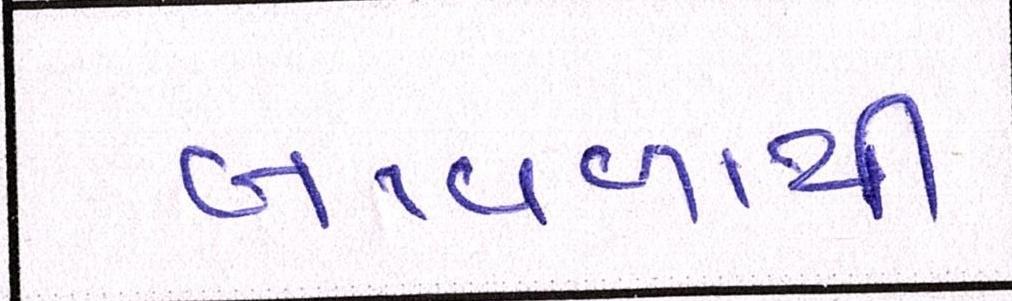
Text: બાવળાથી